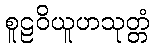
စူဠဝိယူဟသုတ္တံ